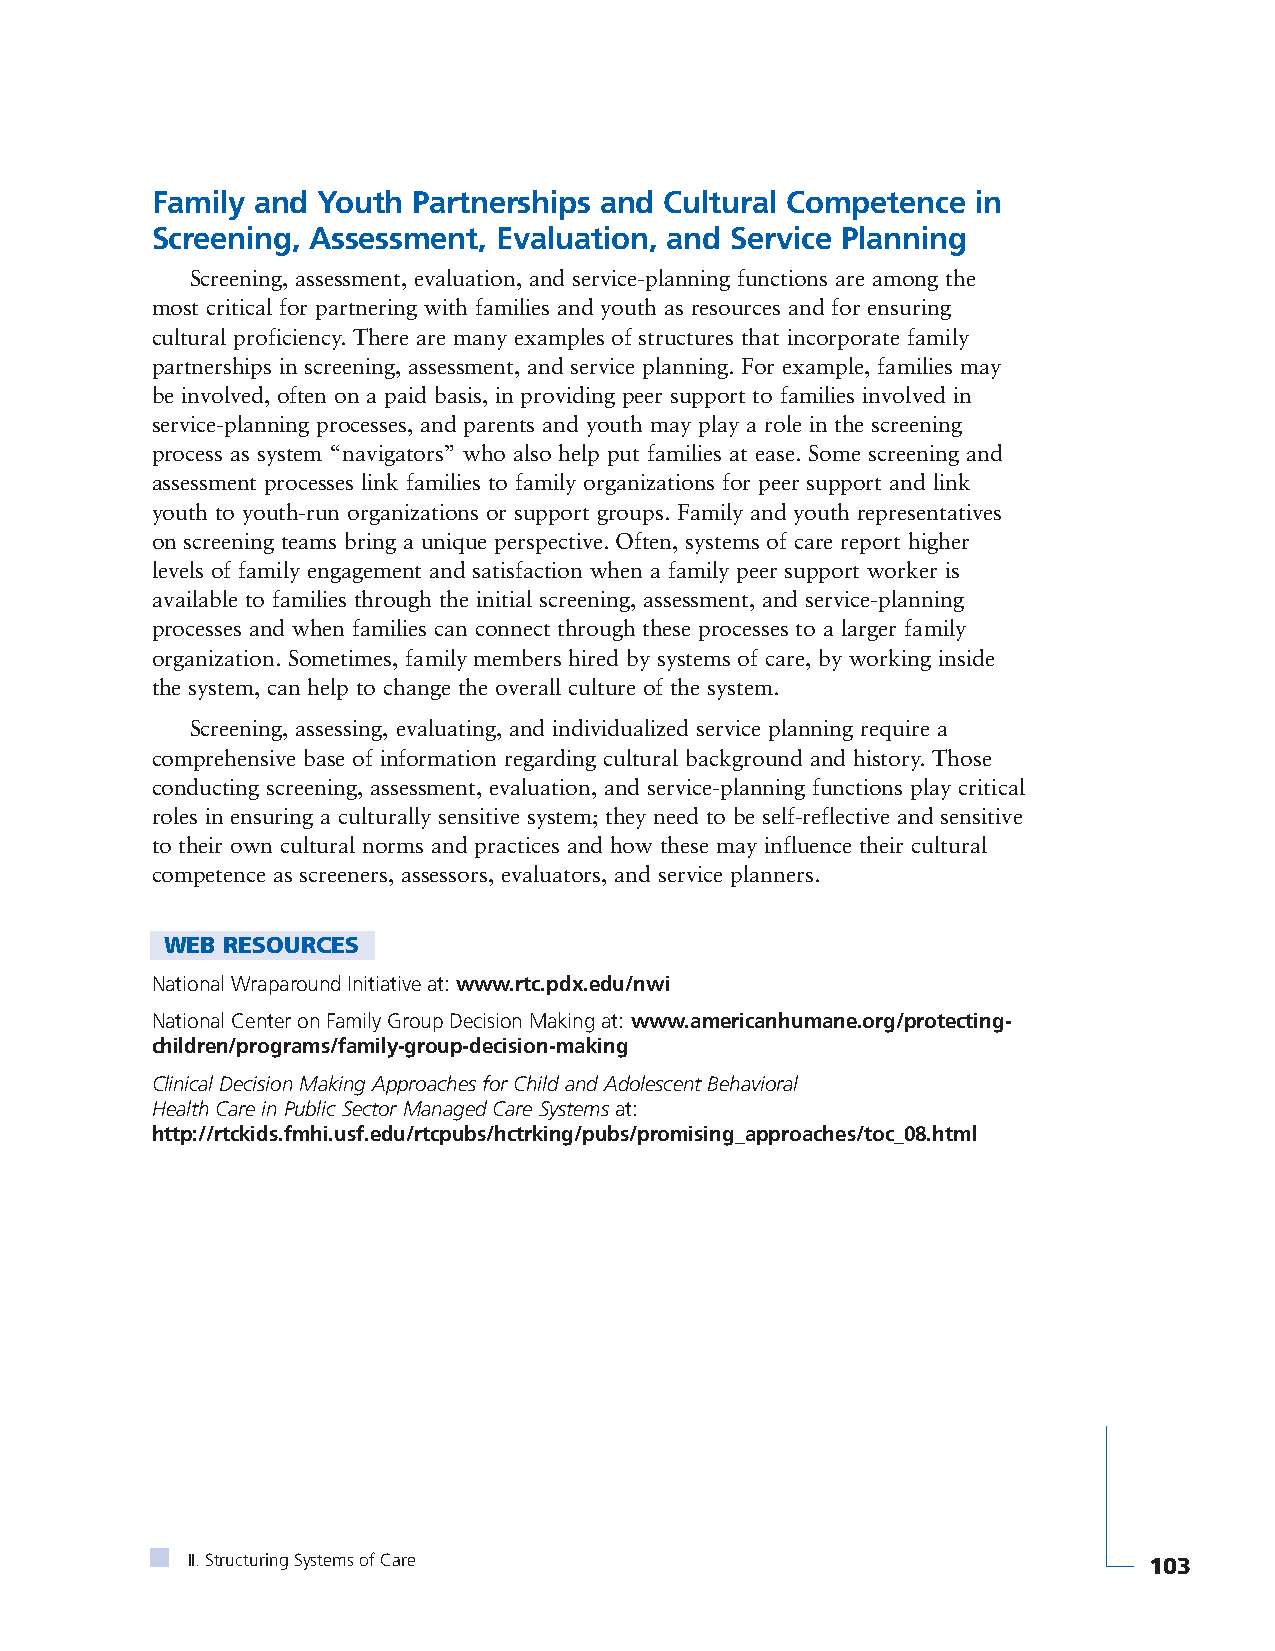
Family and Youth Partnerships and Cultural Competence  in
 Screening, Assessment, Evaluation, and Service Planning
 Screening, assessment, evaluation, and service-planning functions are among the
 most critical for partnering with families and youth as resources and for ensuring
 cultural proficiency. There are many examples of structures that incorporate family
 partnerships in screening, assessment, and service planning. For example, families may
 be involved, often on a paid basis, in providing peer support to families involved in
 service-planning processes, and parents and youth may play a role in the screening
 process as system “navigators” who also help put families at ease. Some screening and
 assessment processes link families to family organizations for peer support and link
 youth to youth-run organizations or support groups. Family and youth representatives
 on screening teams bring a unique perspective. Often, systems of care report higher
 levels of family engagement and satisfaction when a family peer support worker is
 available to families through the initial screening, assessment, and service-planning
 processes and when families can connect through these processes to a larger family
 organization. Sometimes, family members hired by systems of care, by working inside
 the system, can help to change the overall culture of the system.
 Screening, assessing, evaluating, and individualized service planning require a
 comprehensive base of information regarding cultural background and history. Those
 conducting screening, assessment, evaluation, and service-planning functions play critical
 roles in ensuring a culturally sensitive system; they need to be self-reflective and sensitive
 to their own cultural norms and practices and how these may influence their cultural
 competence as screeners, assessors, evaluators, and service planners.
 WEB RESOURCES
 National Wraparound Initiative at: www.rtc.pdx.edu/nwi
 National Center on Family Group Decision Making at: www.americanhumane.org/protecting-
 children/programs/family-group-decision-making
 Clinical Decision Making Approaches for Child and Adolescent Behavioral
 Health Care in Public Sector Managed Care Systemsat:
 http://rtckids.fmhi.usf.edu/rtcpubs/hctrking/pubs/promising_approaches/toc_08.html
 II. Structuring Systems of Care                                 103